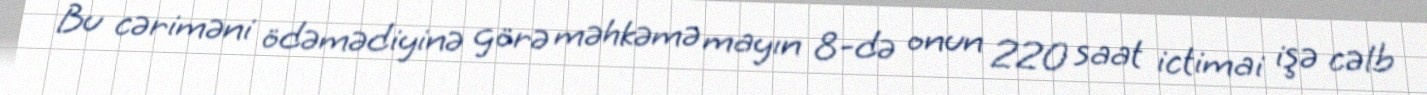
Bu cəriməni ödəmədiyinə görə məhkəmə mayın 8-də onun 220 saat ictimai işə cəlb